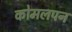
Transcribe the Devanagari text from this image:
कोमलपन